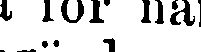
i tor na.